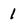
Character: 1